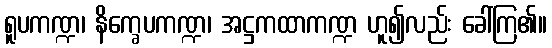
ရူပကဏ္ဍ၊ နိက္ခေပကဏ္ဍ၊ အဋ္ဌကထာကဏ္ဍ ဟူ၍လည်း ခေါ်ကြ၏။